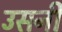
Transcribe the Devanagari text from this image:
उसनी